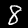
Digit: 8